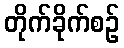
တိုက်ခိုက်စဉ်